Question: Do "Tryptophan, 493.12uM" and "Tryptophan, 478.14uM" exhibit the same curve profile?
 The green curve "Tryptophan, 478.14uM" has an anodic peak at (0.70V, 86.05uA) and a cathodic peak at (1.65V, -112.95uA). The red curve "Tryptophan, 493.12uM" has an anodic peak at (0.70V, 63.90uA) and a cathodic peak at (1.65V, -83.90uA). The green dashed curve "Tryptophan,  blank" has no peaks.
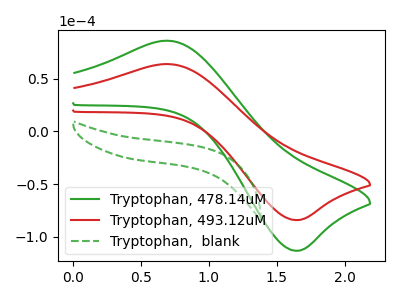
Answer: <think>All the peaks in "Tryptophan, 493.12uM" have a peak in "Tryptophan, 478.14uM" at the same potential. Every peak in "Tryptophan, 493.12uM" is lower than every peak in "Tryptophan, 478.14uM".
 </think>
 <answer>"Tryptophan, 493.12uM" and "Tryptophan, 478.14uM" are similar in shape.</answer>
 <eval>same_shape</eval>